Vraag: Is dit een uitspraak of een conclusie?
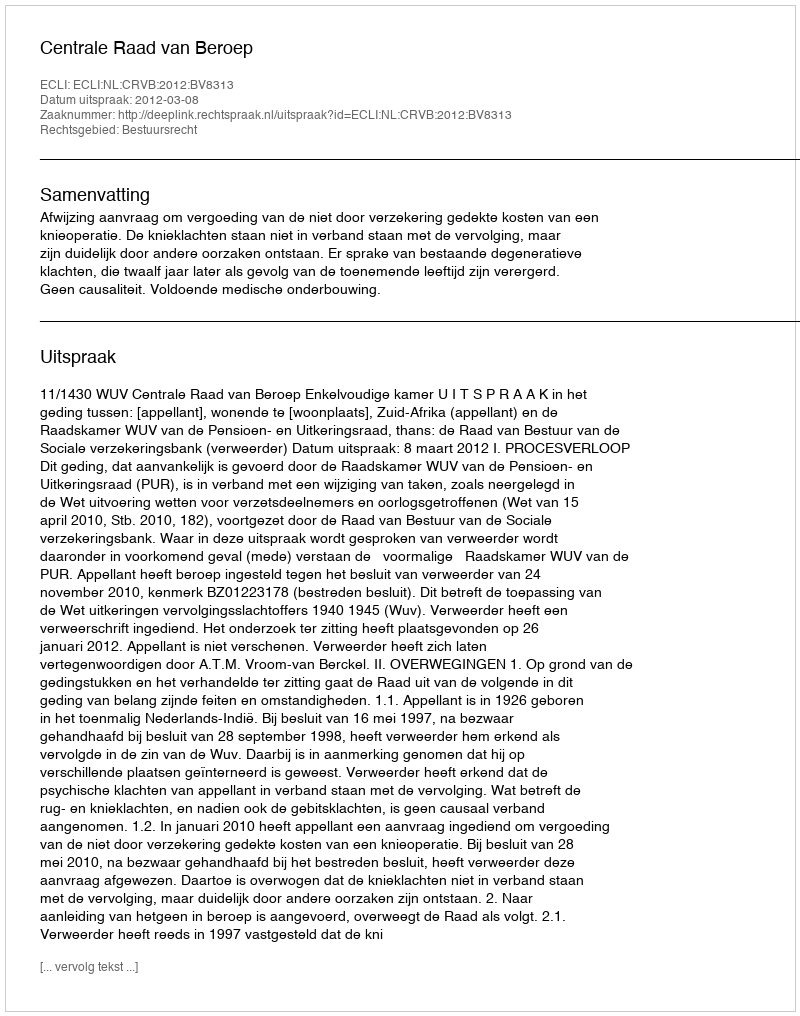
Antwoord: Uitspraak